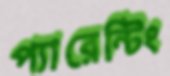
প্যারেন্টিং